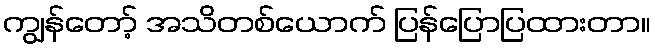
ကျွန်တော့် အသိတစ်ယောက် ပြန်ပြောပြထားတာ။